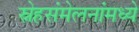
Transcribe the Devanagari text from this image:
स्नेहसंमेलनांमध्ये